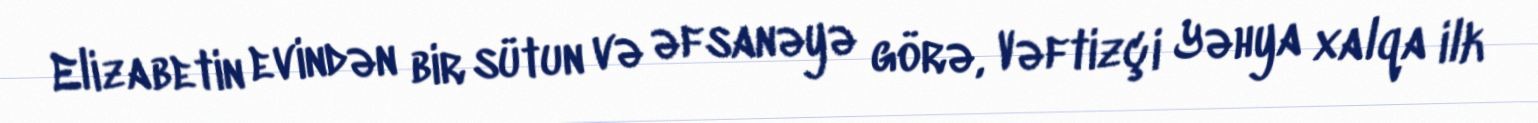
Elizabetin evindən bir sütun və əfsanəyə görə, Vəftizçi Yəhya xalqa ilk